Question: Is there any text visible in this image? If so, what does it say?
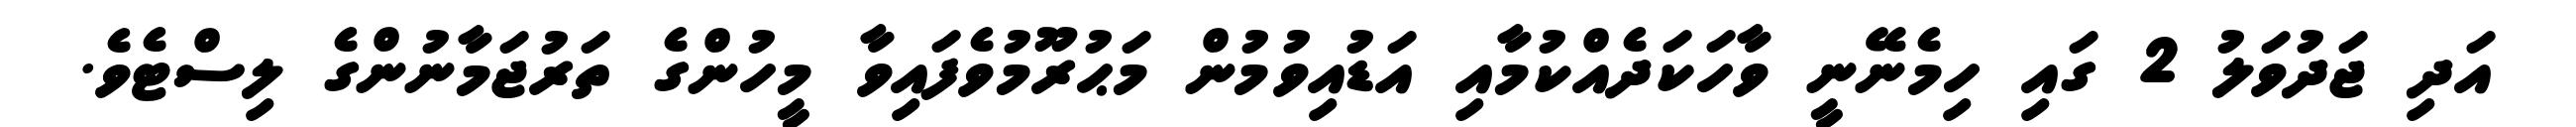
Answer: އަދި ޖަދުވަލު 2 ގައި ހިމެނޭނީ ވާހަކަދެއްކުމާއި އަޑުއިވުމުން މަޙުރޫމުވެފައިވާ މީހުންގެ ތަރުޖަމާނުންގެ ލިސްޓެވެ.